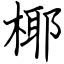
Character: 椰